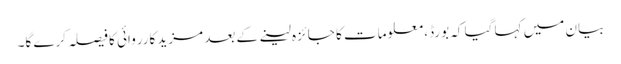
بیان میں کہا گیا کہ بورڈ، معلومات کا جائزہ لینے کے بعد مزید کارروائی کا فیصلہ کرے گا۔